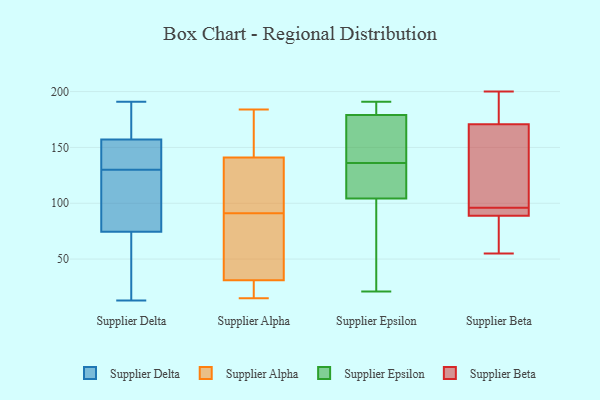
{"axis": {"x": "Demand Index", "y": "Value"}, "legend": ["Supplier Alpha", "Supplier Beta", "Supplier Delta", "Supplier Epsilon"], "data": [{"x": "", "y": 155, "type": "Supplier Delta"}, {"x": "", "y": 14, "type": "Supplier Delta"}, {"x": "", "y": 157, "type": "Supplier Delta"}, {"x": "", "y": 139, "type": "Supplier Delta"}, {"x": "", "y": 13, "type": "Supplier Delta"}, {"x": "", "y": 191, "type": "Supplier Delta"}, {"x": "", "y": 177, "type": "Supplier Delta"}, {"x": "", "y": 91, "type": "Supplier Delta"}, {"x": "", "y": 25, "type": "Supplier Delta"}, {"x": "", "y": 97, "type": "Supplier Delta"}, {"x": "", "y": 128, "type": "Supplier Delta"}, {"x": "", "y": 157, "type": "Supplier Delta"}, {"x": "", "y": 130, "type": "Supplier Delta"}, {"x": "", "y": 153, "type": "Supplier Alpha"}, {"x": "", "y": 27, "type": "Supplier Alpha"}, {"x": "", "y": 91, "type": "Supplier Alpha"}, {"x": "", "y": 15, "type": "Supplier Alpha"}, {"x": "", "y": 184, "type": "Supplier Alpha"}, {"x": "", "y": 135, "type": "Supplier Alpha"}, {"x": "", "y": 169, "type": "Supplier Alpha"}, {"x": "", "y": 59, "type": "Supplier Alpha"}, {"x": "", "y": 143, "type": "Supplier Alpha"}, {"x": "", "y": 23, "type": "Supplier Alpha"}, {"x": "", "y": 92, "type": "Supplier Alpha"}, {"x": "", "y": 62, "type": "Supplier Alpha"}, {"x": "", "y": 23, "type": "Supplier Alpha"}, {"x": "", "y": 43, "type": "Supplier Alpha"}, {"x": "", "y": 112, "type": "Supplier Alpha"}, {"x": "", "y": 123, "type": "Supplier Epsilon"}, {"x": "", "y": 164, "type": "Supplier Epsilon"}, {"x": "", "y": 21, "type": "Supplier Epsilon"}, {"x": "", "y": 79, "type": "Supplier Epsilon"}, {"x": "", "y": 98, "type": "Supplier Epsilon"}, {"x": "", "y": 191, "type": "Supplier Epsilon"}, {"x": "", "y": 184, "type": "Supplier Epsilon"}, {"x": "", "y": 143, "type": "Supplier Epsilon"}, {"x": "", "y": 125, "type": "Supplier Epsilon"}, {"x": "", "y": 136, "type": "Supplier Epsilon"}, {"x": "", "y": 191, "type": "Supplier Epsilon"}, {"x": "", "y": 200, "type": "Supplier Beta"}, {"x": "", "y": 61, "type": "Supplier Beta"}, {"x": "", "y": 89, "type": "Supplier Beta"}, {"x": "", "y": 167, "type": "Supplier Beta"}, {"x": "", "y": 188, "type": "Supplier Beta"}, {"x": "", "y": 55, "type": "Supplier Beta"}, {"x": "", "y": 173, "type": "Supplier Beta"}, {"x": "", "y": 170, "type": "Supplier Beta"}, {"x": "", "y": 90, "type": "Supplier Beta"}, {"x": "", "y": 96, "type": "Supplier Beta"}, {"x": "", "y": 107, "type": "Supplier Beta"}, {"x": "", "y": 88, "type": "Supplier Beta"}, {"x": "", "y": 95, "type": "Supplier Beta"}]}